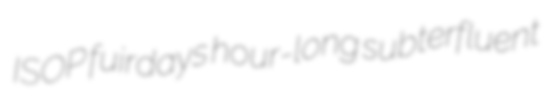
ISOP fuirdays hour-long subterfluent